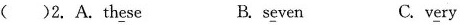
()2.A.th\underline{e}se B.s\underline{e}ven C.v\underline{e}ry